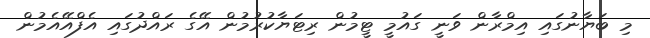
މި ބަޔާނުގައި އިމްރާން ވަނީ ގައުމީ ޓީމުން ރިޓަޔާކުރުމުން އޭގެ ރައްދުގައި އެފްއޭއެމުން